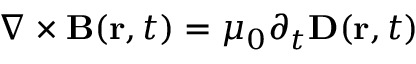
\nabla \times { \bf B } ( { \bf r } , t ) = \mu _ { 0 } \partial _ { t } { \bf D } ( { \bf r } , t )